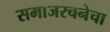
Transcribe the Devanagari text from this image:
समाजरचनेचा